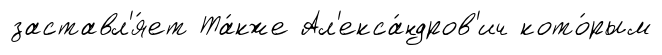
заставл'я́ет Та́кже Ал'екса́ндров'ич кото́рым